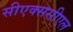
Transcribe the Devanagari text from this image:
सीएक्ससीएल